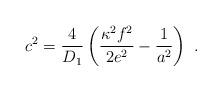
LaTeX: \begin{align*}c^2 = \frac{4}{D_1} \left(\frac{\kappa^2 f^2}{2e^2}-\frac{1}{a^2}\right)~.\end{align*}